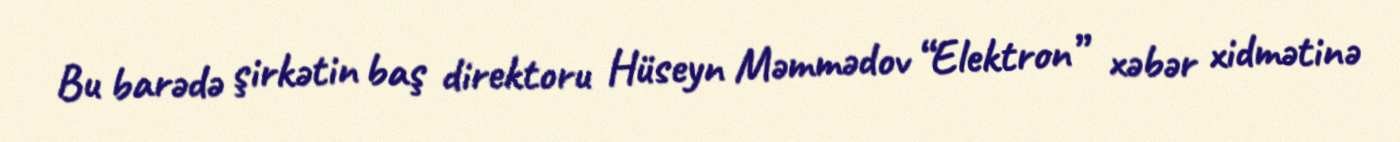
Bu barədə şirkətin baş direktoru Hüseyn Məmmədov “Elektron” xəbər xidmətinə